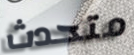
متحدث